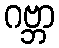
ဂဗ္ဘာ